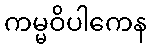
ကမ္မဝိပါကေန